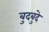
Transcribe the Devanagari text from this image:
बुदबुदे